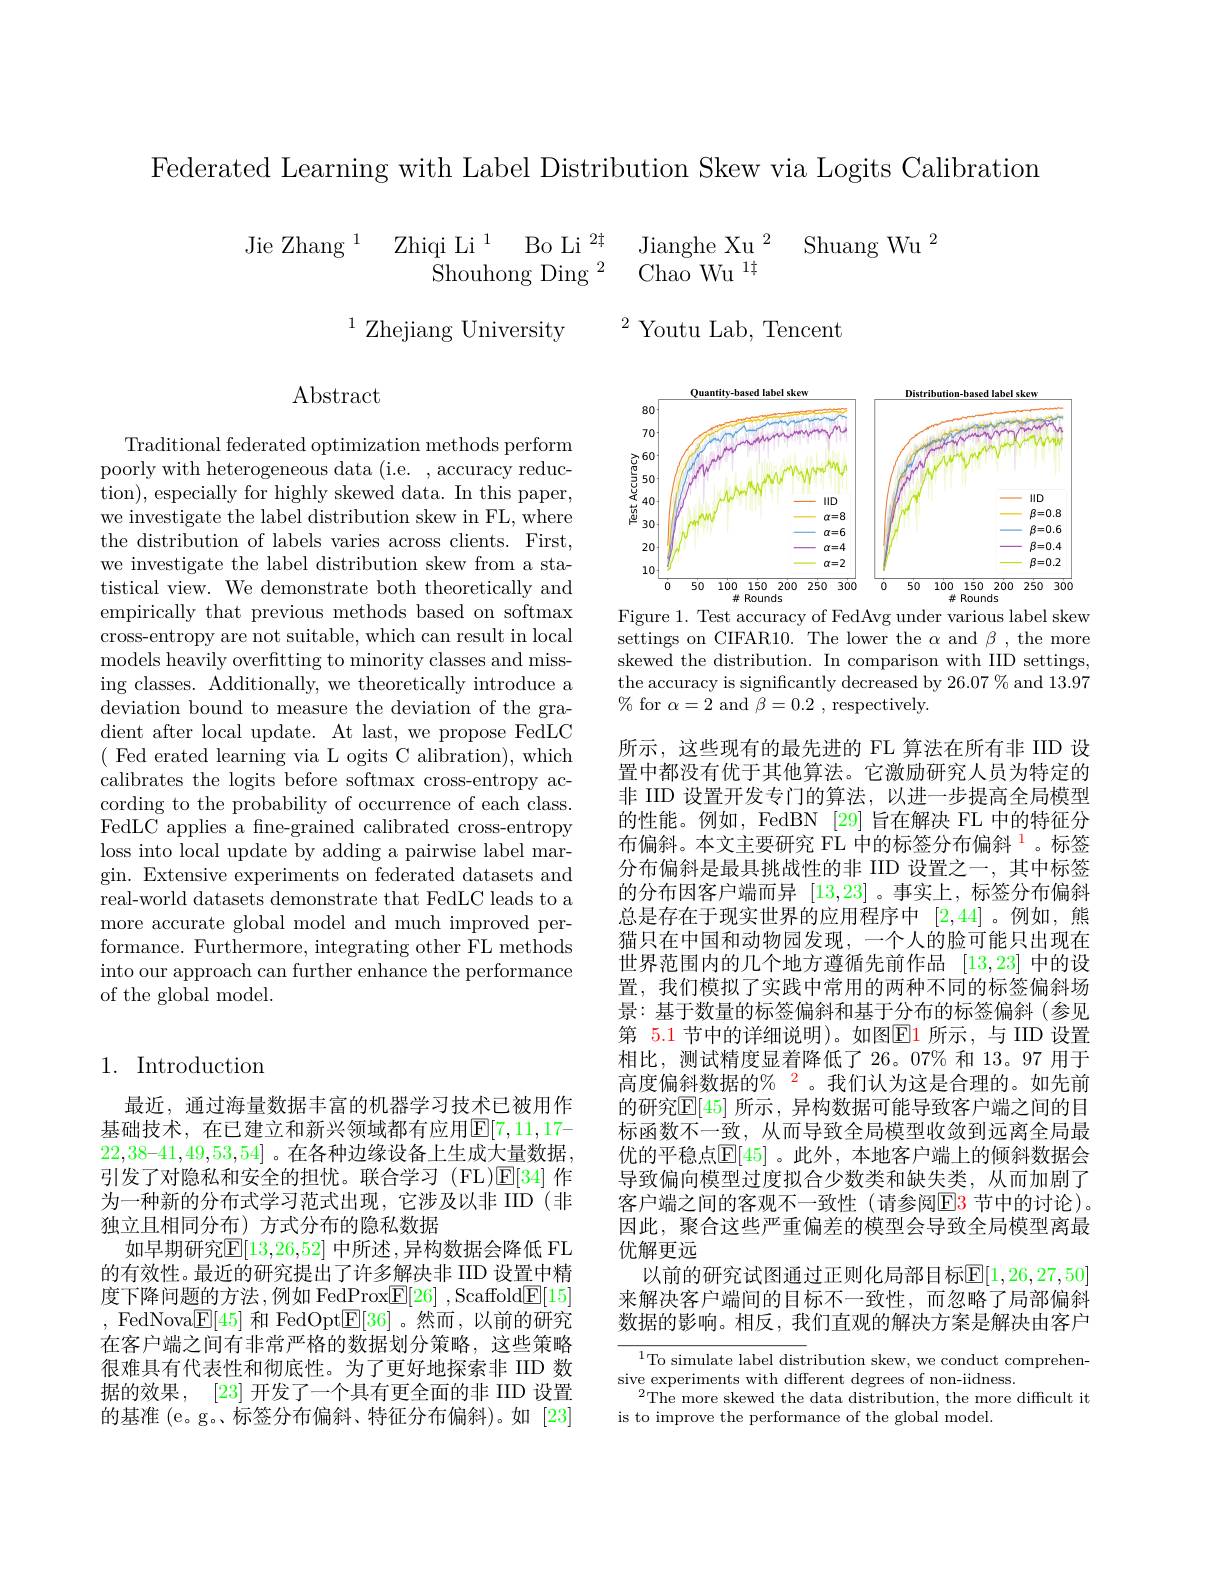
Federated Learning with Label Distribution Skew via Logits Calibration

Jianghe Xu$^2$ Shuang Wu$^2$
Jie Zhang$^{1}$ Zhiqi Li$^{1}$ Bo Li$^{24}$
${\mathrm{Shouhong~Ding~}^{2}}$ ${\mathrm{Chao~Wu~}^{1\dagger }}$

$^{1}$ Zhejiang University
$^{2}$ Youtu Lab, Tencent

Abstract

<FigureHere>

Figure 1. Test accuracy of FedAvg under various label skew settings on CIFAR10. The lower the $\alpha$ and $\beta$, the more skewed the distribution. In comparison with IID settings, the accuracy is significantly decreased by 26.07 % and 13.97 $\%$ for $\alpha=2$ and $\beta=0.2$ , respectively.

Traditional federated optimization methods perform poorly with heterogeneous data (i.e. , accuracy reduction) , especially for highly skewed data. In this paper, we investigate the label distribution skew in FL, where the distribution of labels varies across clients. First, we investigate the label distribution skew from a statistical view. We demonstrate both theoretically and empirically that previous methods based on softmax cross-entropy are not suitable, which can result in local models heavily overfitting to minority classes and missing classes. Additionally, we theoretically introduce a $\bar{\text{deviation bound to measure the deviation of the gra-}}$ dient after local update. At last, we propose FedLC ( Fed erated learning via L ogits C alibration), which calibrates the logits before softmax cross-entropy according to the probability of occurrence of each class. FedLC applies a fne-grained calibrated cross-entropy loss into local update by adding a pairwise label margin. Extensive experiments on federated datasets and real-world datasets demonstrate that FedLC leads to a more accurate global model and much improved performance. Furthermore, integrating other FL methods into our approach can further enhance the performance of the global model.

所示，这些现有的最先进的 FL 算法在所有非 IID 设置中都没有优于其他算法。它激励研究人员为特定的非 IID 设置开发专门的算法，以进一步提高全局模型的性能。例如，FedBN [29] 旨在解决 FL 中的特征分布偏斜。本文主要研究 FL 中的标签分布偏斜$^{\color{red}{1}}$。标签分布偏斜是最具挑战性的非 IID 设置之一，其中标签的分布因客户端而异[13,23] 。事实上，标签分布偏斜总是存在于现实世界的应用程序中[2,44] 。例如，熊猫只在中国和动物园发现，一个人的脸可能只出现在世界范围内的几个地方遵循先前作品[13,23]中的设置，我们模拟了实践中常用的两种不同的标签偏斜场景：基于数量的标签偏斜和基于分布的标签偏斜(参见第 5.1 节中的详细说明)。如图$\boxed{\mathrm{E}}$1 所示，与 IID 设置相比，测试精度显着降低了 26。07% 和 13。97 用于高度偏斜数据的$\%^{2}$。我们认为这是合理的。如先前的研究$\mathbb{E}[45]$ 所示 ,异构数据可能导致客户端之间的目标函数不一致，从而导致全局模型收敛到远离全局最优的平稳点$\overline{\mathbb{E}}[45]$ 。此外，本地客户端上的倾斜数据会导致偏向模型过度拟合少数类和缺失类，从而加剧了客户端之间的客观不一致性(请参阅$\color{red}{\mathrm{E3}}$节中的讨论)。因此，聚合这些严重偏差的模型会导致全局模型离最优解更远
以前的研究试图通过正则化局部目标$\mathbb{E}[1,26,27,50]$ 来解决客户端间的目标不一致性，而忽略了局部偏斜数据的影响。相反，我们直观的解决方案是解决由客户

## 1. Introduction

最近，通过海量数据丰富的机器学习技术已被用作基础技术，在已建立和新兴领域都有应用$\mathbb{E}[7,11,17-$ $22,38–41,49,53,54]$ 。在各种边缘设备上生成大量数据， 引发了对隐私和安全的担忧。联合学习(FL)$\mathbb{E}[34]$作为一种新的分布式学习范式出现，它涉及以非 IID(非独立且相同分布)方式分布的隐私数据
如早期研究$\overline{\mathbb{E}}[13,26,52]$ 中所述，异构数据会降低 FL 的有效性。最近的研究提出了许多解决非 IID 设置中精度下降问题的方法，例如 FedProx$\boxed{\mathbb{F}}[26]$ ,Scaffold$\boxed{\mathbb{F}}[15]$ , FedNova$\underline{\mathbb{E}}[45]$和 FedOpt$\underline{\mathbb{E}}[36]$。然而，以前的研究在客户端之间有非常严格的数据划分策略，这些策略很难具有代表性和彻底性。为了更好地探索非 IID 数据的效果，[23]开发了一个具有更全面的非 IID 设置的基准 (e。g。标签分布偏斜、特征分布偏斜)。如 [23]

$^{1}$To simulate label distribution skew, we conduct comprehen-
sive experiments with different degrees of non-iidness.
The more skewed the data distribution, the more difficult it
is to improve the performance of the global model.